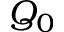
Q _ { 0 }